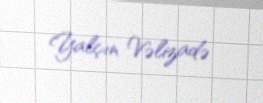
Yalçın Vəlizadə